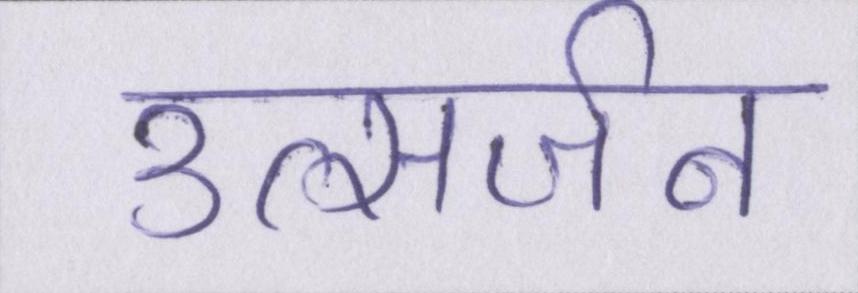
उत्सर्जन